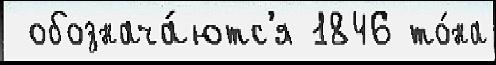
 обознача́ютс'я 1846 то́на